Circular to Secondary Education Committee, 1908
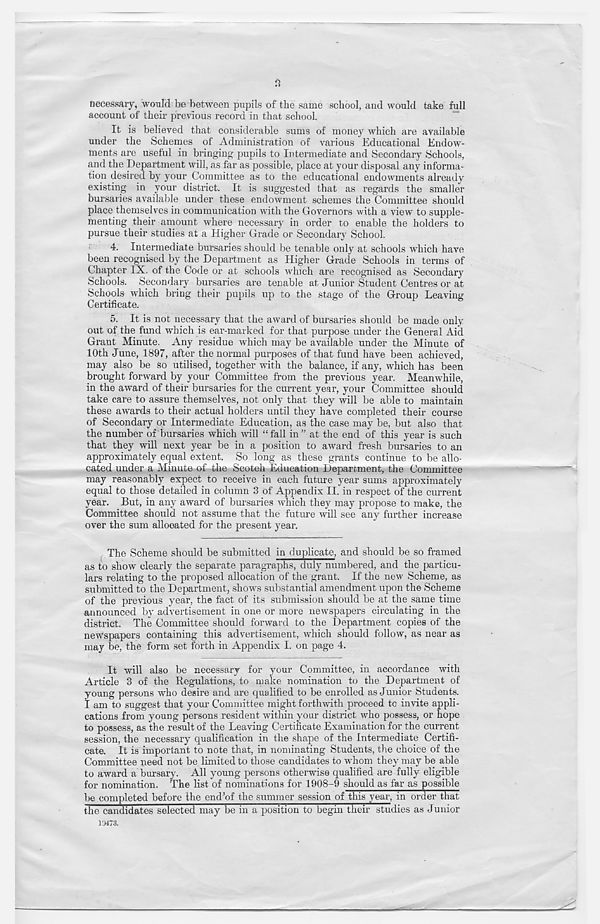
n
necessary, would be between pupils of the same school, and would take full
account of their previous record in that school.
It is believed that considerable sums of money which are available
under the Schemes of Administration of various Educational Endow-
ments are useful in bringing pupils to Intermediate and Secondary Schools,
and the Department will, as far as possible, place at your disposal any informa-
tion desired by your Committee as to the educational endowments already
existing in your district. It is suggested that as regards the smaller
bursaries available under these endowment schemes the Committee should
place themselves in communication with the Governors with a view to supple-
menting their amount where necessary in order to enable the holders to
pursue their studies at a Higher Grade or Secondary School.
4. Intermediate bursaries should be tenable only at schools which have
been recognised by the Department as Higher Grade Schools in terms of
Chapter IX. of the Code or at schools which are recognised as Secondary
Schools. Secondary bursaries are tenable at Junior Student Centres or at
Schools which bring their pupils up to the stage of the Group Leaving
Certificate.
5. It is not necessary that the award of bursaries should be made only
out of the fund which is ear-marked for that purpose under the General Aid
Grant Minute. Any residue which may be available under the Minute of
10th June, 1897, after the normal purposes of that fund have been achieved,
may also be so utilised, together with the balance, if any, which has been
brought forward by your Committee from the previous year. Meanwhile,
in the award of their bursaries for the current year, your Committee should
take care to assure themselves, not only that they will be able to maintain
these awards to their actual holders until they have completed their course
of Secondary or Intermediate Education, as the case may be, but also that
the number of bursaries which will “ fall in ” at the end of this year is such
that they will next year be in a position to award fresh bursaries to an
approximately equal extent. So long as these grants continue to be allo-
cated under a Minute of the Scotch Education Department, the Committee
may reasonably expect to receive in each future year sums approximately
equal to those detailed in column 3 of Appendix II. in respect of the current
year. But, in any award of bursaries which they may propose to make, the
Committee should not assume that the future will see any further increase
over the sum allocated for the present year.
The Scheme should be submitted in duplicate, and should be so framed
as to show clearly the separate paragraphs, duly numbered, and the particu-
lars relating to the proposed allocation of the grant. If the new Scheme, as
submitted to the Department, shows substantial amendment upon the Scheme
of the previous year, the fact of its submission should be at the same time
announced by advertisement in one or more newspapers circulating in the
district. The Committee should forward to the Department copies of the
newspapers containing this advertisement, which should follow, as near as
may be, the form set forth in Appendix I. on page 4.
It will also be necessary for your Committee, in accordance with
Article 3 of the Regulations, to make nomination to the Department of
young persons who desire and are qualified to be enrolled as Junior Students.
I am to suggest that your Committee might forthwith proceed to invite appli-
cations from young persons resident within your district who possess, or hope
to possess, as the result of the Leaving Certificate Examination for the current
session, the necessary qualification in the shape of the Intermediate Certifi-
cate. It is important to note that, in nominating Students, the choice of the
Committee need not be limited to those candidates to whom they may be able
to award a bursary. All young persons otherwise qualified are fully eligible
for nomination. The list of nominations for 1908-9 should as far as possible
be completed before the end'of the summer session of this year, in order that
the candidates selected may be in a position to begin their studies as Junior
10473.